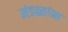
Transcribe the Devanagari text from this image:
मंडळ्यांना